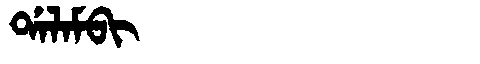
Manchu: ᡩᠠᠯᠠᠮᠪᡳ
Romanization: DALAMBI